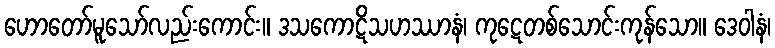
ဟောတော်မူသော်လည်းကောင်း။ ဒသကောဋိသဟဿာနံ၊ ကုဋေတစ်သောင်းကုန်သော။ ဒေဝါနံ၊